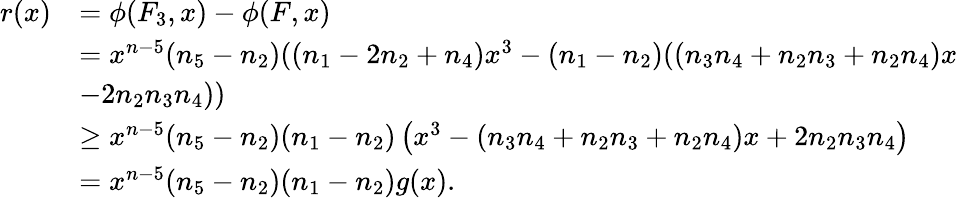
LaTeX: \begin{array}{rl}{r(x)}&{=\phi(F_{3},x)-\phi(F,x)}\\ &{=x^{n-5}(n_{5}-n_{2})((n_{1}-2n_{2}+n_{4})x^{3}-(n_{1}-n_{2})((n_{3}n_{4}+n_{2}n_{3}+n_{2}n_{4})x}\\ &{-2n_{2}n_{3}n_{4}))}\\ &{\geq x^{n-5}(n_{5}-n_{2})(n_{1}-n_{2})\left(x^{3}-(n_{3}n_{4}+n_{2}n_{3}+n_{2}n_{4})x+2n_{2}n_{3}n_{4}\right)}\\ &{=x^{n-5}(n_{5}-n_{2})(n_{1}-n_{2})g(x).}\end{array}